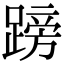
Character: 䠙